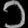
Digit: ၁